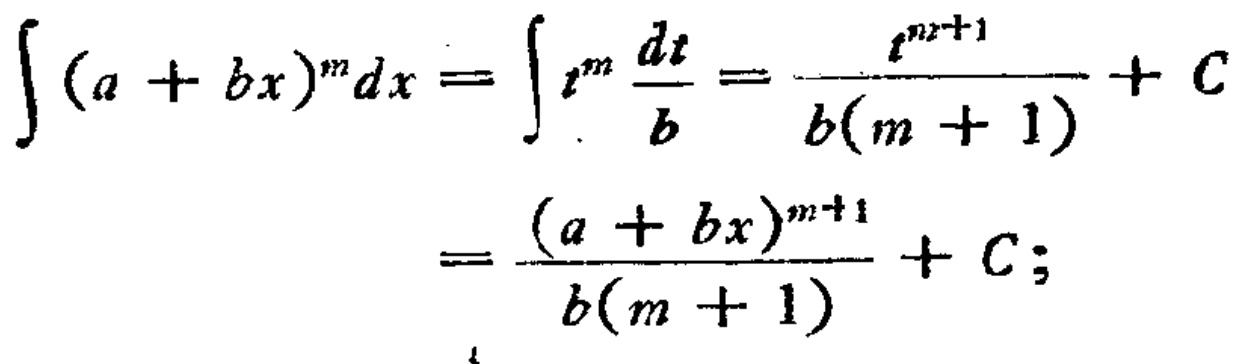
\[\int (a + bx)^m dx = \int t^m \frac{dt}{b} = \frac{t^{m + 1}}{b(m + 1)} + C = \frac{(a + bx)^{m + 1}}{b(m + 1)} + C;\]